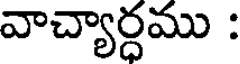
వాచ్యార్ధము :